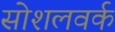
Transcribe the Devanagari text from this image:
सोशलवर्क